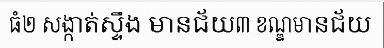
ធំ២ សង្កាត់ស្ទឹង មានជ័យ៣ ខណ្ឌមានជ័យ